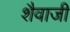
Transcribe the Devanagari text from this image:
शैवाजी